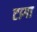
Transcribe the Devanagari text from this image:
टागा